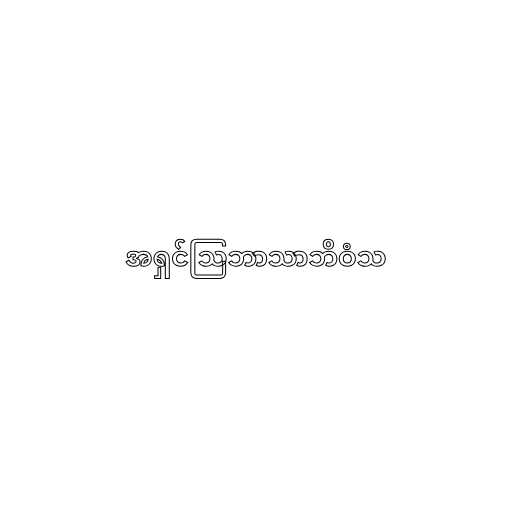
အရှင်သြဘာသာဘိဝံသ